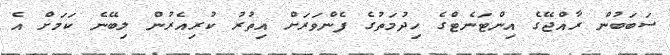
ސަބަބުން ރާއްޖޭގެ އިންޓަނެޓްގެ ހިދުމަތުގެ ފެންވަރަށް އިތުރު ކުރިއެރުން ލިބޭނެ ކަމަށް އެ